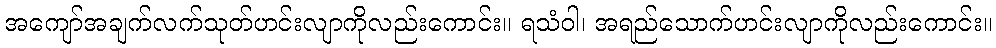
အကျော်အချက်လက်သုတ်ဟင်းလျာကိုလည်းကောင်း။ ရသံဝါ၊ အရည်သောက်ဟင်းလျာကိုလည်းကောင်း။